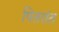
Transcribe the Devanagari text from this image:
पितरांत